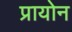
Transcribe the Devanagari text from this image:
प्रायोन